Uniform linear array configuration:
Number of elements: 16
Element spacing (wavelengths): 1
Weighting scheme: hann
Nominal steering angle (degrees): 30
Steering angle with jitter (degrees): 28.27
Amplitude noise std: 0.05
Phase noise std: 0.05

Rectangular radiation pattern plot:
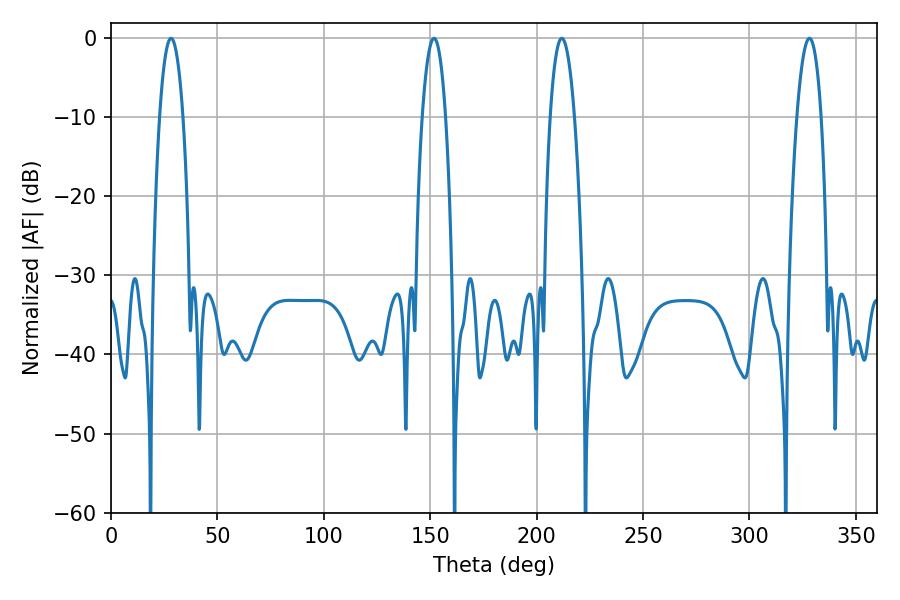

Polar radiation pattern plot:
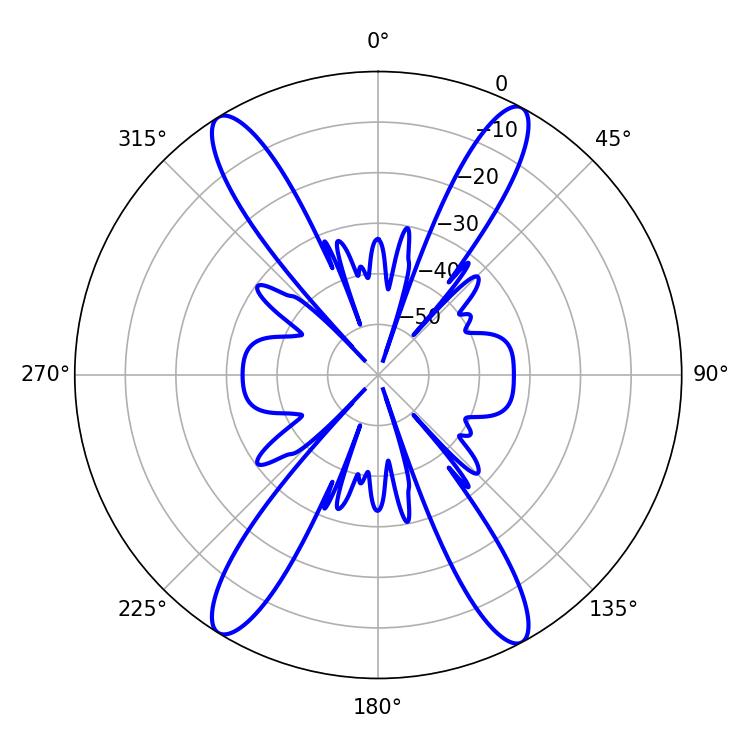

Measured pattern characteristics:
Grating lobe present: TRUE
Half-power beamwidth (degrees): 6.3
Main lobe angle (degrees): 211.86